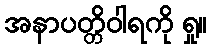
အနာပတ္တိဝါရကို ရှု။